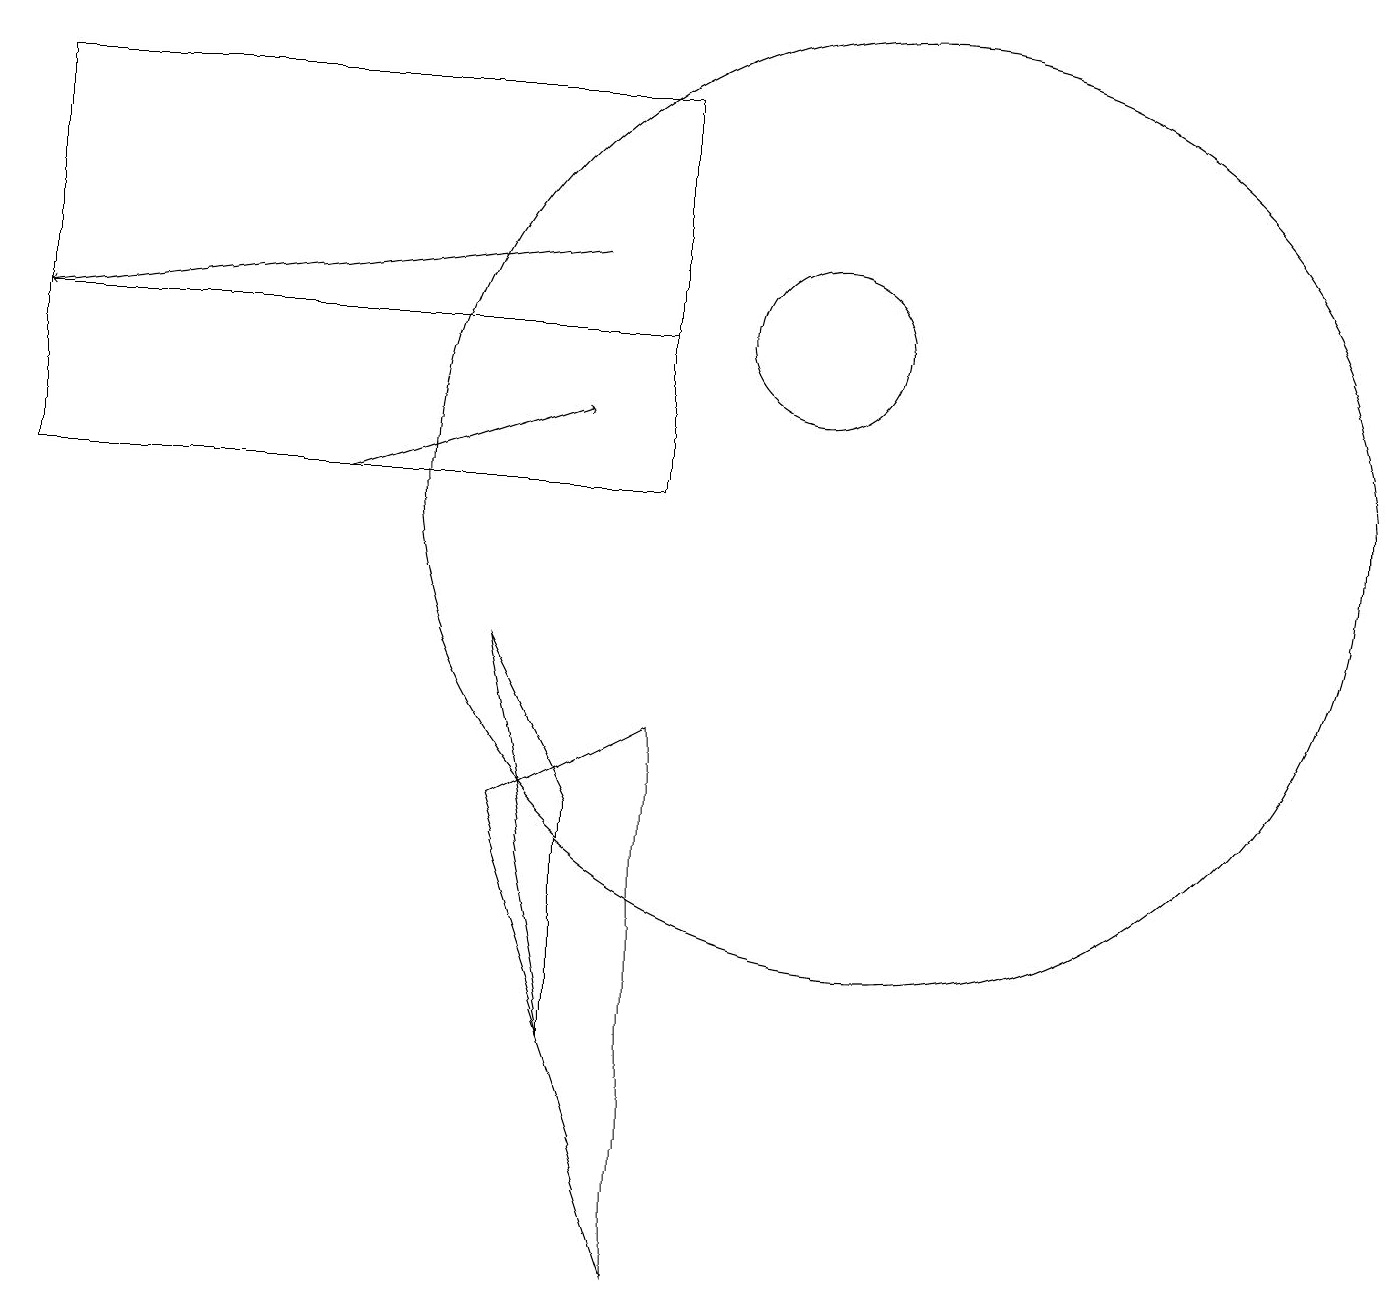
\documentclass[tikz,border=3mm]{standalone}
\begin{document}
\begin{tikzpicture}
\draw (7,6) -- (6,8) -- (7,3) -- cycle;
\draw (0,10) rectangle (8,12);
\draw[->] (7,13) -- (0,12);
\draw (0,10) rectangle (8,15);
\draw (6,6) -- (8,0) -- (8,7) -- cycle;
\draw (11,10) circle (6);
\draw[->] (4,10) -- (7,11);
\draw (10,12) circle (1);
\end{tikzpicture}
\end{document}